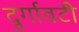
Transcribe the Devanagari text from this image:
दुर्गावटी